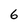
Character: 6